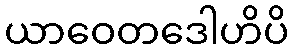
ယာဝေတဒေါဟိပိ